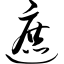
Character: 遮